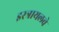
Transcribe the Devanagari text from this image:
इस्त्रायलचे